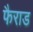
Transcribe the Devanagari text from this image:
फैराड